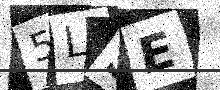
Text: 5L5E